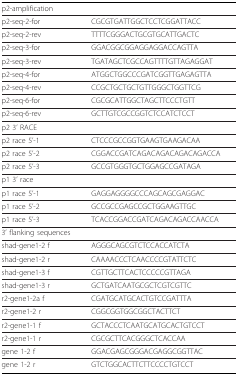
<table><thead><tr><td><b>p2-amplification</b></td><td></td></tr></thead><tbody><tr><td>p2-seq-2-for</td><td>CGCGTGATTGGCTCCTCGGATTACC</td></tr><tr><td>p2-seq-2-rev</td><td>TTTTCGGGACTGCGTGCATTGACTC</td></tr><tr><td>p2-seq-3-for</td><td>GGACGGCGGAGGAGGACCAGTTA</td></tr><tr><td>p2-seq-3-rev</td><td>TGATAGCTCGCCAGTTTTGTTAGAGGAT</td></tr><tr><td>p2-seq-4-for</td><td>ATGGCTGGCCCGATCGGTTGAGAGTTA</td></tr><tr><td>p2-seq-4-rev</td><td>CCGCTGCTGCTGTTGGGCTGGTTCG</td></tr><tr><td>p2-seq-6-for</td><td>CGCGCATTGGCTAGCTTCCCTGTT</td></tr><tr><td>p2-seq-6-rev</td><td>GCTTGTCGCCGGTCTCCATCTCCT</td></tr><tr><td>p2 3&#x27; RACE</td><td></td></tr><tr><td>p2 race 5&#x27;-1</td><td>CTCCCGCCGGTGAAGTGAAGACAA</td></tr><tr><td>p2 race 5&#x27;-2</td><td>CGGACCGATCAGACAGACAGACAGACCA</td></tr><tr><td>p2 race 5&#x27;-3</td><td>GCCGTGGGTGCTGGAGCCGATAGA</td></tr><tr><td>p1 3&#x27; race</td><td></td></tr><tr><td>p1 race 5&#x27;-1</td><td>GAGGAGGGGCCCAGCAGCGAGGAC</td></tr><tr><td>p1 race 5&#x27;-2</td><td>GCCGCCGAGCCGCTGGAAGTTGC</td></tr><tr><td>p1 race 5&#x27;-3</td><td>TCACCGGACCGATCAGACAGACCAACCA</td></tr><tr><td>3&#x27; flanking sequences</td><td></td></tr><tr><td>shad-gene1-2 f</td><td>AGGGCAGCGTCTCCACCATCTA</td></tr><tr><td>shad-gene1-2 r</td><td>CAAAACCCTCAACCCCGTATTCTC</td></tr><tr><td>shad-gene1-3 f</td><td>CGTTGCTTCACTCCCCCGTTAGA</td></tr><tr><td>shad-gene1-3 r</td><td>GCTGATCAATGCGCTCGTCGTTC</td></tr><tr><td>r2-gene1-2a f</td><td>CGATGCATGCACTGTCCGATTTA</td></tr><tr><td>r2-gene1-2 r</td><td>CGGCGGTGGCGGCTACTTCT</td></tr><tr><td>r2-gene1-1 f</td><td>GCTACCCTCAATGCATGCACTGTCCT</td></tr><tr><td>r2-gene1-1 r</td><td>CGCGCTTCACGGGCTCACCAA</td></tr><tr><td>gene 1-2 f</td><td>GGACGAGCGGGACGAGGCGGTTAC</td></tr><tr><td>gene 1-2 r</td><td>GTCTGGCACTTCTTCCCCTGTCCT</td></tr></tbody></table>